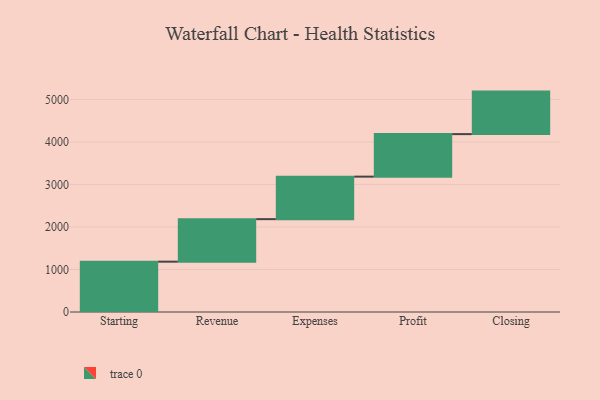
{"axis": {"x": "Step", "y": "Value"}, "legend": [""], "data": [{"x": "Starting", "y": 1184.0, "type": ""}, {"x": "Revenue", "y": 1000, "type": ""}, {"x": "Expenses", "y": 1000, "type": ""}, {"x": "Profit", "y": 1000, "type": ""}, {"x": "Closing", "y": 1000, "type": ""}]}